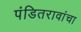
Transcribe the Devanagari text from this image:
पंडितरावांचा